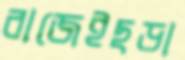
বাজেইছড়া